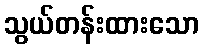
သွယ်တန်းထားသော